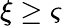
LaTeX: \xi\ge\varsigma